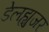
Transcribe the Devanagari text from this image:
डेलह्युजर